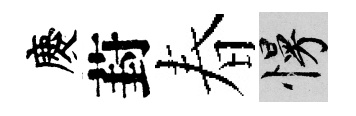
慶葑春慢